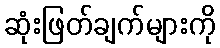
ဆုံးဖြတ်ချက်များကို